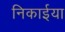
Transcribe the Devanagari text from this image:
निकाईया